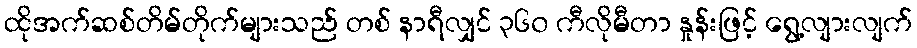
ထိုအက်ဆစ်တိမ်တိုက်များသည် တစ် နာရီလျှင် ၃၆၀ ကီလိုမီတာ နှုန်းဖြင့် ရွေ့လျားလျက်